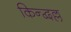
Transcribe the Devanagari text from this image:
किन्द्वल्ल